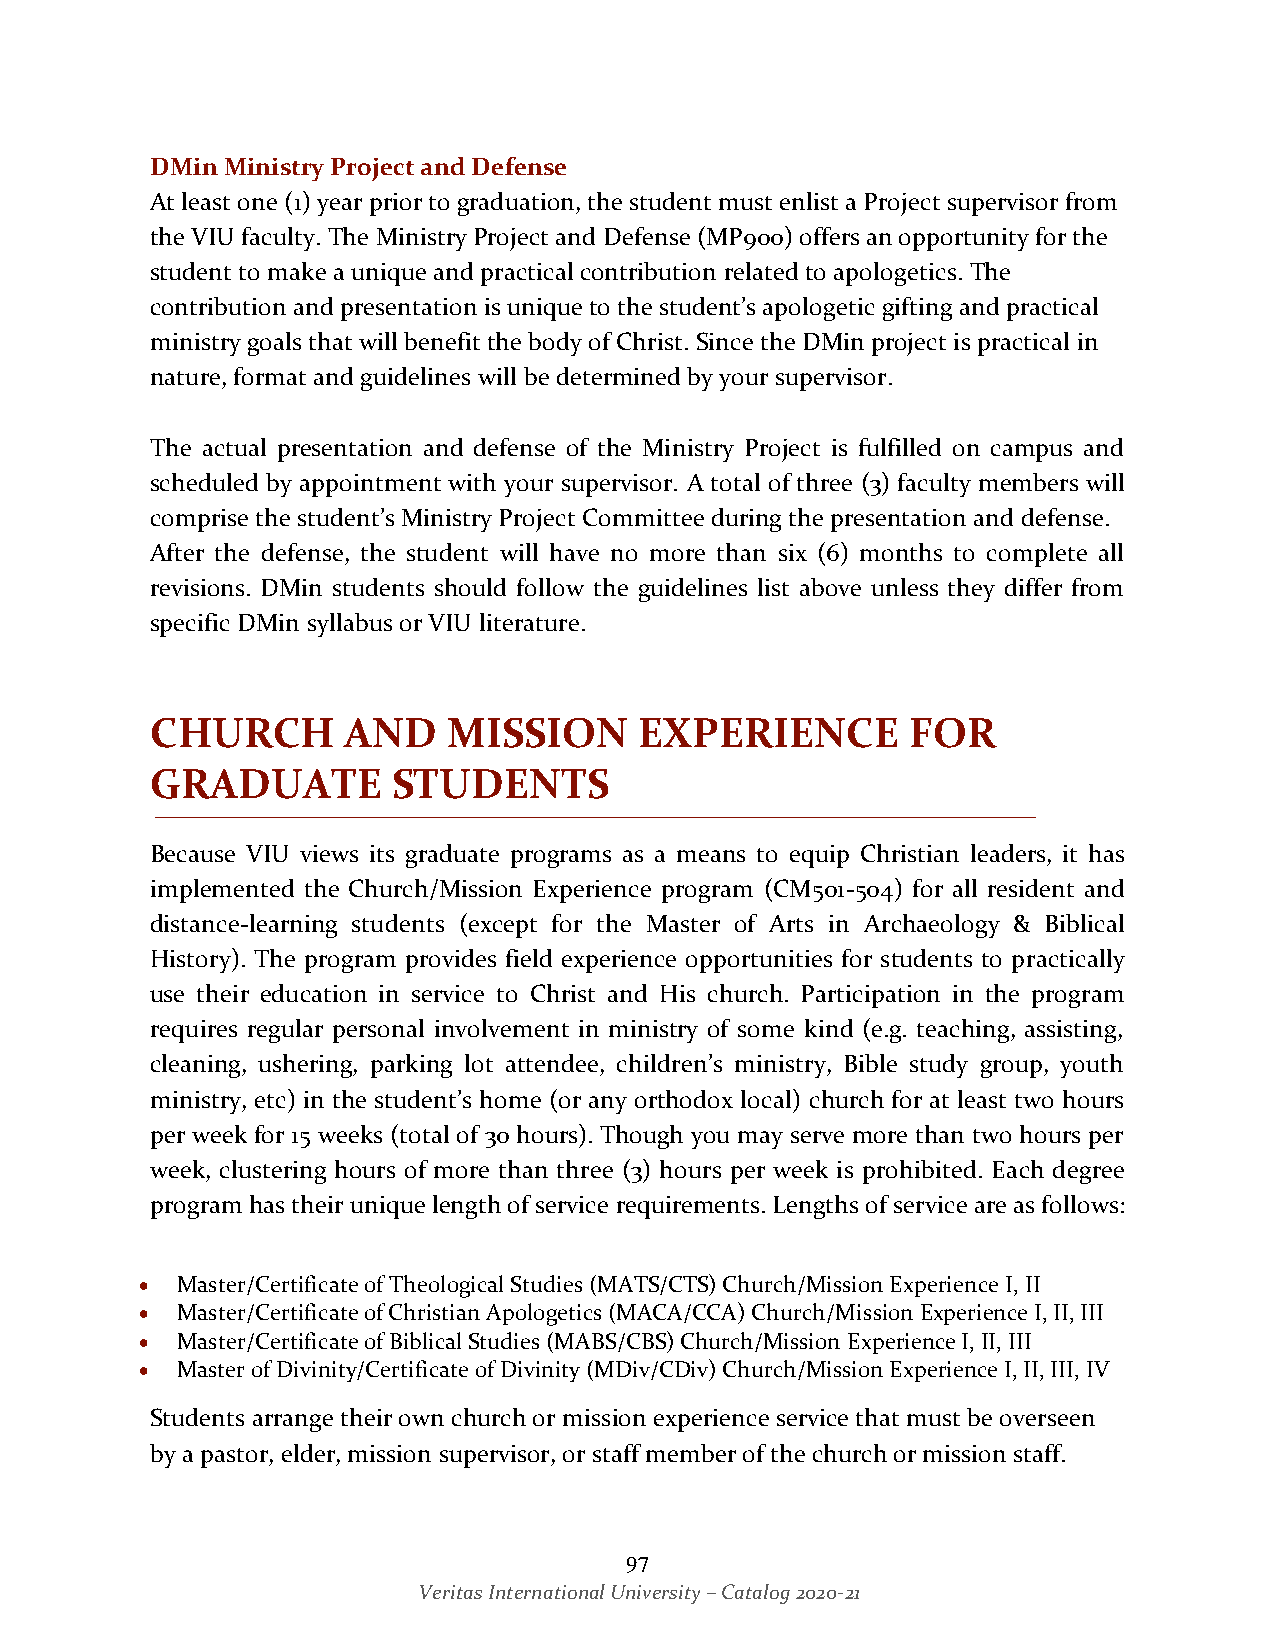
DMin Ministry Project and Defense
 At least one (1) year prior to graduation, the student must enlist a Project supervisor from
 the VIU faculty. The Ministry Project and Defense (MP900) offers an opportunity for the
 student to make a unique and practical contribution related to apologetics. The
 contribution and presentation is unique to the student’s apologetic gifting and practical
 ministry goals that will benefit the body of Christ. Since the DMin project is practical in
 nature, format and guidelines will be determined by your supervisor.
 The actual presentation and defense of the Ministry Project is fulfilled on campus and
 scheduled by appointment with your supervisor. A total of three (3) faculty members will
 comprise the student’s Ministry Project Committee during the presentation and defense.
 After the defense, the student will have no more than six (6) months to complete all
 revisions. DMin students should follow the guidelines list above unless they differ from
 specific DMin syllabus or VIU literature.
 CHURCH       AND    MISSION     EXPERIENCE        FOR
 GRADUATE        STUDENTS
 Because VIU views its graduate programs as a means to equip Christian leaders, it has
 implemented the Church/Mission Experience program (CM501-504) for all resident and
 distance-learning students (except for the Master of Arts in Archaeology & Biblical
 History). The program provides field experience opportunities for students to practically
 use their education in service to Christ and His church. Participation in the program
 requires regular personal involvement in ministry of some kind (e.g. teaching, assisting,
 cleaning, ushering, parking lot attendee, children’s ministry, Bible study group, youth
 ministry, etc) in the student’s home (or any orthodox local) church for at least two hours
 per week for 15 weeks (total of 30 hours). Though you may serve more than two hours per
 week, clustering hours of more than three (3) hours per week is prohibited. Each degree
 program has their unique length of service requirements. Lengths of service are as follows:
 •  Master/Certificate of Theological Studies (MATS/CTS) Church/Mission Experience I, II
 •  Master/Certificate of Christian Apologetics (MACA/CCA) Church/Mission Experience I, II, III
 •  Master/Certificate of Biblical Studies (MABS/CBS) Church/Mission Experience I, II, III
 •  Master of Divinity/Certificate of Divinity (MDiv/CDiv) Church/Mission Experience I, II, III, IV
 Students arrange their own church or mission experience service that must be overseen
 by a pastor, elder, mission supervisor, or staff member of the church or mission staff.
 97
 Veritas International University – Catalog 2020-21